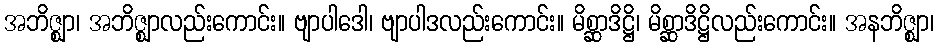
အဘိဇ္ဈာ၊ အဘိဇ္ဈာလည်းကောင်း။ ဗျာပါဒေါ၊ ဗျာပါဒလည်းကောင်း။ မိစ္ဆာဒိဋ္ဌိ၊ မိစ္ဆာဒိဋ္ဌိလည်းကောင်း။ အနဘိဇ္ဈာ၊